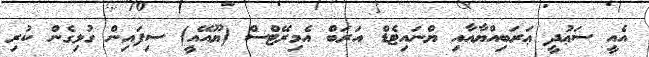
އެއީ ސަޢުދީ ޢަރަބިއްޔާއާއި ޔްނައިޓެޑް އަރަބް އެމިރޭޓްސް (ޔޫއޭއީ) ސިފައިން ގުޅިގެން ކުރި